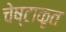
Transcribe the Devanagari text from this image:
चेष्टाकृत